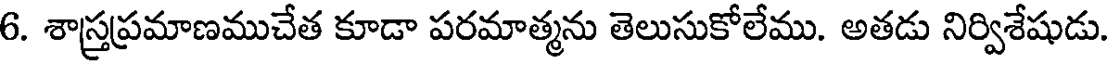
6. శాస్త్రప్రమాణముచేత కూడా పరమాత్మను తెలుసుకోలేము. అతడు నిర్విశేషుడు.